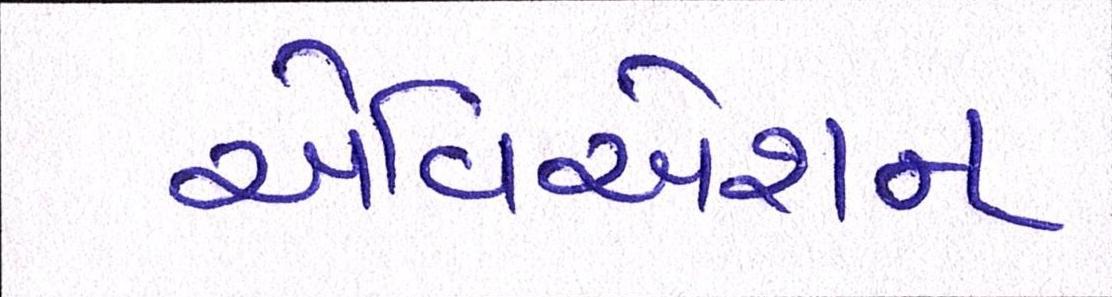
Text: એવિએશન